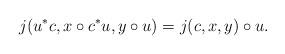
LaTeX: \begin{align*}j(u^*c, x\circ c^*u,y\circ u) = j(c,x,y)\circ u.\end{align*}